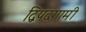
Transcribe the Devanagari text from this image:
द्विपदगामी